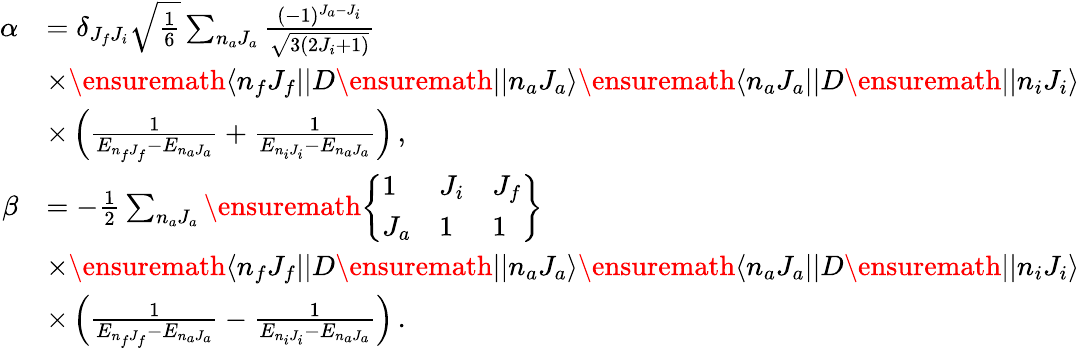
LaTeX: \begin{array}{rl}{\alpha}&{=\delta_{J_{f}J_{i}}\sqrt{\frac{1}{6}}\sum_{n_{a}J_{a}}\frac{(-1)^{J_{a}-J_{i}}}{\sqrt{3(2J_{i}+1)}}}\\ &{\times\ensuremath{\langle n_{f}J_{f}||}D\ensuremath{||n_{a}{J_{a}}\rangle}\ensuremath{\langle n_{a}{J_{a}}||}D\ensuremath{||n_{i}J_{i}\rangle}}\\ &{\times\left(\frac{1}{E_{n_{f}J_{f}}-E_{{n_{a}J_{a}}}}+\frac{1}{E_{n_{i}J_{i}}-E_{{n_{a}J_{a}}}}\right)\, ,}\\ {\beta}&{=-\frac{1}{2}\sum_{n_{a}J_{a}}\ensuremath{\left\{ \begin{array}{lll}{1}&{J_{i}}&{J_{f}}\\ {J_{a}}&{1}&{1}\end{array}\right\} }}\\ &{\times\ensuremath{\langle n_{f}J_{f}||}D\ensuremath{||n_{a}J_{a}\rangle}\ensuremath{\langle n_{a}J_{a}||}D\ensuremath{||n_{i}J_{i}\rangle}}\\ &{\times\left(\frac{1}{E_{n_{f}J_{f}}-E_{n_{a}J_{a}}}-\frac{1}{E_{n_{i}J_{i}}-E_{n_{a}J_{a}}}\right)\, .}\end{array}